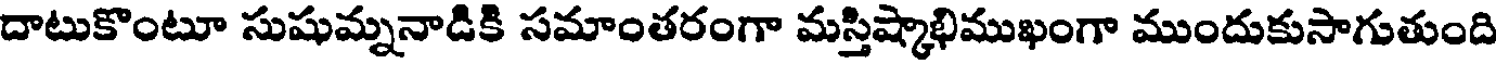
దాటుకొంటూ సుషుమ్ననాడికి సమాంతరంగా మస్తిష్కాభిముఖంగా ముందుకుసాగుతుంది